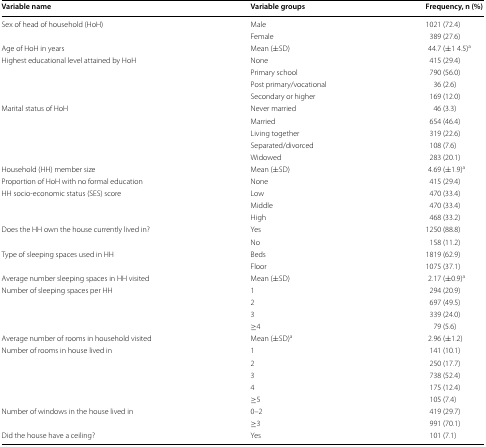
| Variable name | Variable groups | Frequency, n (%) |
 | --- | --- | --- |
 | <ROWSPAN=2> Sex of head of household (HoH) | Male | 1021 (72.4) |
 | Female | 389 (27.6) |
 | Age of HoH in years | Mean (±SD) | 44.7 (±1 4.5)a |
 | <ROWSPAN=4> Highest educational level attained by HoH | None | 415 (29.4) |
 | Primary school | 790 (56.0) |
 | Post primary/vocational | 36 (2.6) |
 | Secondary or higher | 169 (12.0) |
 | <ROWSPAN=5> Marital status of HoH | Never married | 46 (3.3) |
 | Married | 654 (46.4) |
 | Living together | 319 (22.6) |
 | Separated/divorced | 108 (7.6) |
 | Widowed | 283 (20.1) |
 | Household (HH) member size | Mean (±SD) | 4.69 (±1.9)a |
 | Proportion of HoH with no formal education | None | 415 (29.4) |
 | <ROWSPAN=3> HH socio-economic status (SES) score | Low | 470 (33.4) |
 | Middle | 470 (33.4) |
 | High | 468 (33.2) |
 | <ROWSPAN=2> Does the HH own the house currently lived in? | Yes | 1250 (88.8) |
 | No | 158 (11.2) |
 | <ROWSPAN=2> Type of sleeping spaces used in HH | Beds | 1819 (62.9) |
 | Floor | 1075 (37.1) |
 | Average number sleeping spaces in HH visited | Mean (±SD) | 2.17 (±0.9)a |
 | <ROWSPAN=4> Number of sleeping spaces per HH | 1 | 294 (20.9) |
 | 2 | 697 (49.5) |
 | 3 | 339 (24.0) |
 | ≥4 | 79 (5.6) |
 | Average number of rooms in household visited | Mean (±SD)a | 2.96 (±1.2) |
 | <ROWSPAN=5> Number of rooms in house lived in | 1 | 141 (10.1) |
 | 2 | 250 (17.7) |
 | 3 | 738 (52.4) |
 | 4 | 175 (12.4) |
 | ≥5 | 105 (7.4) |
 | <ROWSPAN=2> Number of windows in the house lived in | 0–2 | 419 (29.7) |
 | ≥3 | 991 (70.1) |
 | Did the house have a ceiling? | Yes | 101 (7.1) |